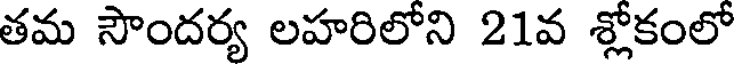
తమ సౌందర్య లహరిలోని 21వ శ్లోకంలో